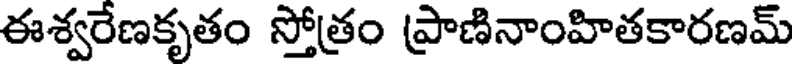
ఈశ్వరేణకృతం స్తోత్రం ప్రాణినాంహితకారణమ్